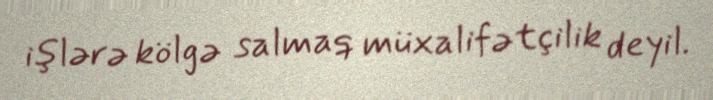
işlərə kölgə salmaq müxalifətçilik deyil.